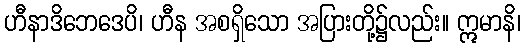
ဟီနာဒိဘေဒေပိ၊ ဟီန အစရှိသော အပြားတို့၌လည်း။ ဣမာနိ၊